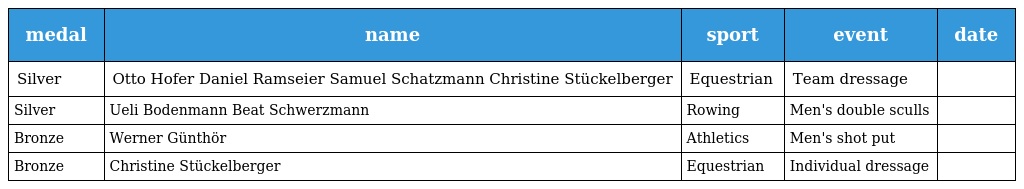
| medal | name | sport | event | date |
 | --- | --- | --- | --- | --- |
 | Silver | Otto Hofer Daniel Ramseier Samuel Schatzmann Christine Stückelberger | Equestrian | Team dressage |  |
 | Silver | Ueli Bodenmann Beat Schwerzmann | Rowing | Men's double sculls |  |
 | Bronze | Werner Günthör | Athletics | Men's shot put |  |
 | Bronze | Christine Stückelberger | Equestrian | Individual dressage |  |